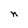
Character: n